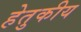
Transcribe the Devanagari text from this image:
हेतुकीय